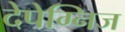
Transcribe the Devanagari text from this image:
देपेग्निज